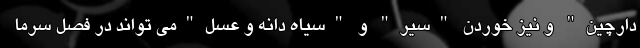
دارچین" و نیز خوردن "سیر" و "سیاه دانه و عسل"می تواند در فصل سرما